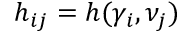
h _ { i j } = h ( \gamma _ { i } , \nu _ { j } )